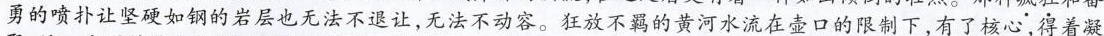
勇的喷扑让坚硬如钢的岩层也无法不退让，无法不动容。狂放不羁的黄河水流在壶口的限制下，有了核心，得着凝